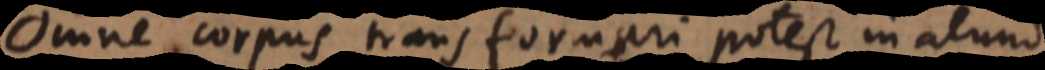
Omne corpus transformari potest in aliud